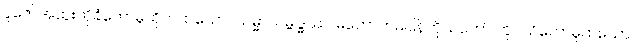
ပူဇော်အထူးကိုခံတော်မူထိုက်ထသော။ သမ္မာသမ္ဗုဒ္ဓဿ၊ မဘောက်မပြန်ကိုယ်တော် တိုင်သိတော်မူထသော။